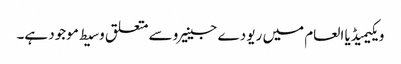
ویکیمیڈیا العام میں ریو دے جینیرو سے متعلق وسیط موجود ہے۔